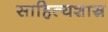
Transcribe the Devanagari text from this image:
साहित्यशास्र